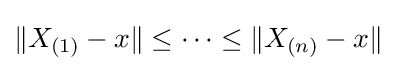
\|X_{(1)}-x\|\leq \dots \leq \|X_{(n)}-x\|